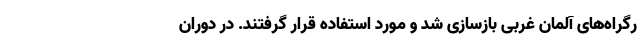
رگراه‌های آلمان غربی بازسازی شد و مورد استفاده قرار گرفتند. در دوران